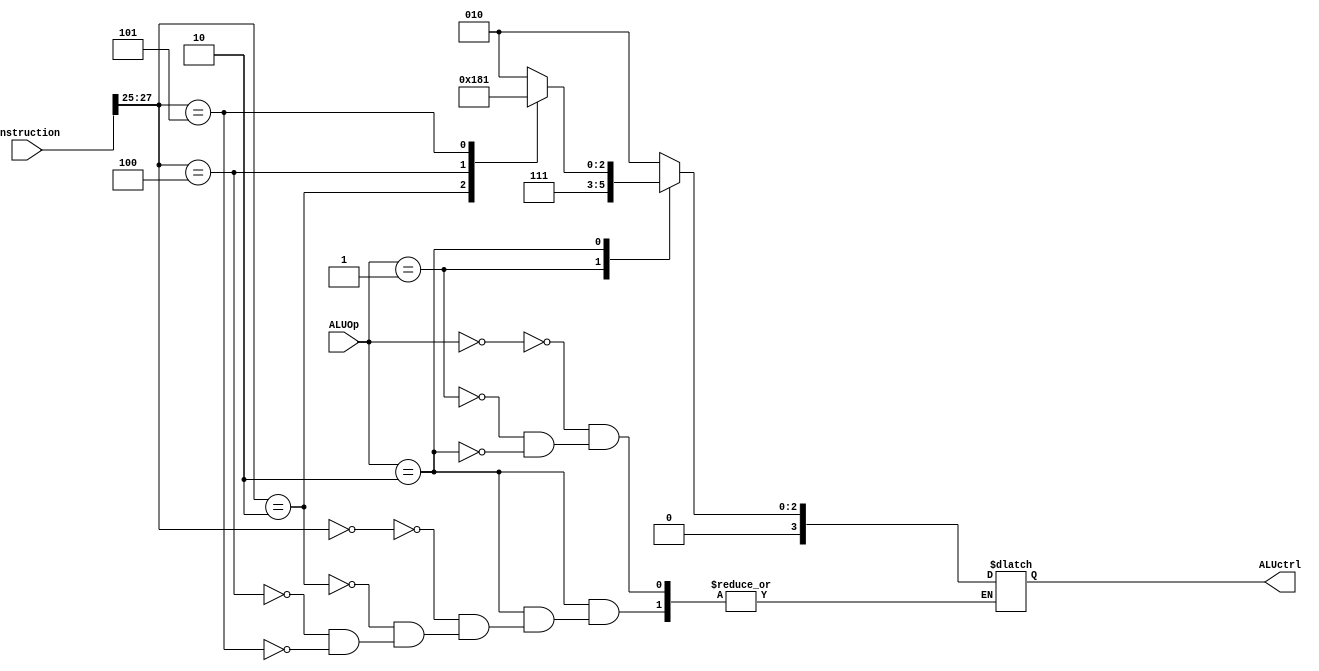
module ALUControl(input [31:0] instruction,input [1:0] ALUOp, output reg [3:0] ALUctrl);

	always @(ALUOp) begin
	$display("\t Opcode:%b",instruction[31:21]);
	case(ALUOp)
	2'b00: begin //D-type

		$display("\tRt:%d , Rn:%d , addres:%d",instruction[4:0],instruction[9:5],instruction[20:12]);
		if(instruction[22:21]==2'b00) $display("\tSTUR r%d, [r%d, #%d]",instruction[4:0],instruction[9:5],instruction[20:12]);//STUR
		else if(instruction[22:21]==2'b10) $display("\tLDUR r%d, [r%d, #%d]",instruction[4:0],instruction[9:5],instruction[20:12]);//STUR
		ALUctrl = 4'b0010;
	end
	2'b01: begin //CBZ
		$display("\tRt:%d , addres:%d",instruction[4:0],instruction[23:5]);
		$display("\tCBZ r%d, #%d",instruction[4:0],instruction[23:5]);
		ALUctrl = 4'b0111;
	end
	2'b10: begin//R-type
			$display("\tRd:%d , Rn:%d , Rm:%d",instruction[4:0],instruction[9:5],instruction[20:16]);
			case(instruction[27:25])
			3'b000:begin
				$display("\tADD r%d, r%d, r%d",instruction[4:0],instruction[9:5],instruction[20:16]);
				ALUctrl = 4'b0010; //ADD
				end
			3'b010:
			begin
				$display("\tSUB r%d, r%d, r%d",instruction[4:0],instruction[9:5],instruction[20:16]);
				ALUctrl = 4'b0110; //SUB
			end
			3'b100:
			begin
				$display("\tAND r%d, r%d, r%d",instruction[4:0],instruction[9:5],instruction[20:16]);
				ALUctrl = 4'b0000; //AND
			end
			3'b101:begin
				$display("\tORR r%d, r%d, r%d",instruction[4:0],instruction[9:5],instruction[20:16]);
				ALUctrl = 4'b0001; //ORR	
			end
			endcase
		end
	endcase
	end
endmodule